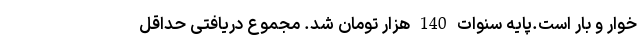
خوار و بار است.پایه سنوات 140 هزار تومان شد. مجموع دریافتی حداقل